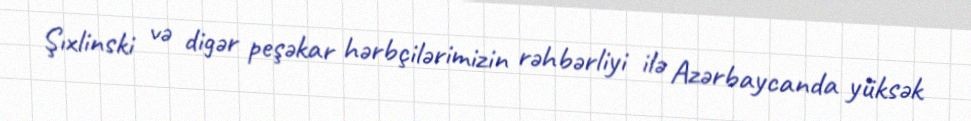
Şıxlinski və digər peşəkar hərbçilərimizin rəhbərliyi ilə Azərbaycanda yüksək